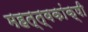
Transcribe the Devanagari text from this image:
महत्त्वकांक्षी